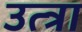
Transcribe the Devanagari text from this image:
उत्त्रा